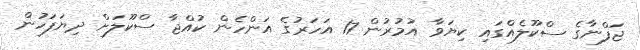
ޖަފްނާގެ ސްކޫލެއްގައި ކިޔަވާ އުމުރުން 17 އަހަރުގެ އަންހެން ކުއްޖާ ސްކޫލަށް ދިޔަފަހުން